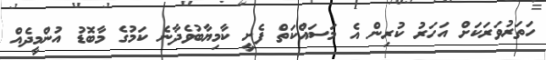
ހަތަރުވަރަކަށް އަހަރު ކުރިން އެ މަސައްކަތް ފެށީ ކާމިޔާބުވެދާނެ ކަމުގެ މާބޮޑު އުންމީދެއް